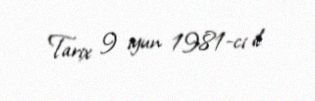
Tarix 9 iyun 1981-ci il